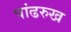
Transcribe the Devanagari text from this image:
पांढरुख